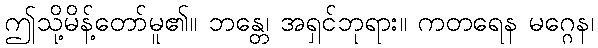
ဤသို့မိန့်တော်မူ၏။ ဘန္တေ၊ အရှင်ဘုရား။ ကတရေန မဂ္ဂေန၊